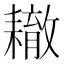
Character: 𦔞